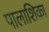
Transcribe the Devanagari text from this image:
पालाशिका